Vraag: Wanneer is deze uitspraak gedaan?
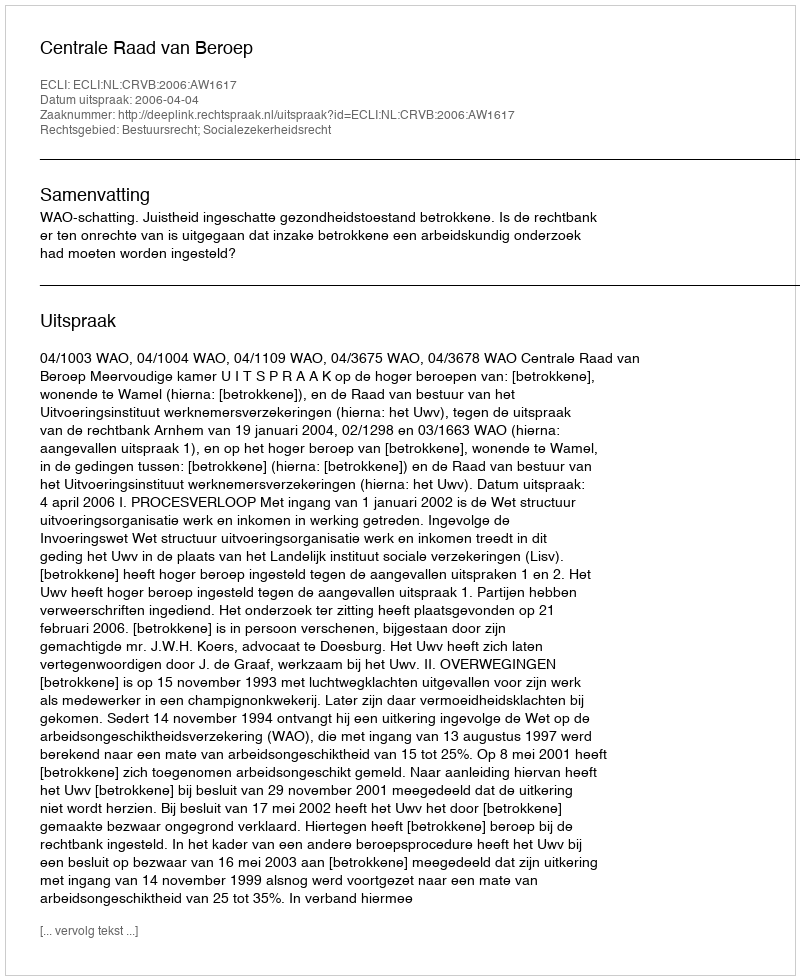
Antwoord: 2006-04-04